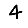
Digit: 4